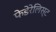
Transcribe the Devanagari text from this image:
फेडेरेलिस्ट